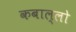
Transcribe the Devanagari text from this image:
कबाल्लो